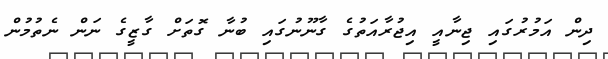
ދިން އަމުރުގައި ޖިނާއީ އިޖުރާއަތުގެ ގާނޫނުގައި ބުނާ ގޮތަށް ގާޒީގެ ނަން ނެތުމުން